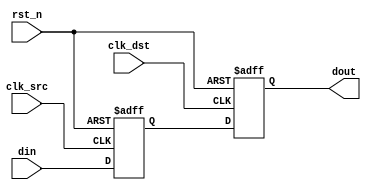
module signal_level_crossing_synchronizer #(
    parameter WIDTH = 1 // Width of the input signal
)(
    input wire clk_src,         // Source clock
    input wire clk_dst,         // Destination clock
    input wire [WIDTH-1:0] din, // Input signal to be synchronized
    input wire rst_n,           // Asynchronous active-low reset
    output reg [WIDTH-1:0] dout // Synchronized output signal
);

    // Internal signals for the dual flip-flop synchronizer
    reg [WIDTH-1:0] sync_ff1; // First flip-flop output (sampled from source clock)
    reg [WIDTH-1:0] sync_ff2; // Second flip-flop output (sampled from destination clock)

    // First stage: Sampling the input signal on the source clock
    always @(posedge clk_src or negedge rst_n) begin
        if (!rst_n) begin
            sync_ff1 <= {WIDTH{1'b0}}; // Reset to known state
        end else begin
            sync_ff1 <= din; // Sample the input signal
        end
    end

    // Second stage: Sampling the first flip-flop output on the destination clock
    always @(posedge clk_dst or negedge rst_n) begin
        if (!rst_n) begin
            dout <= {WIDTH{1'b0}}; // Reset to known state
        end else begin
            dout <= sync_ff1; // Transfer the synchronized signal to output
        end
    end

endmodule